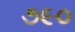
૭૯૦